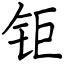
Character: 钜